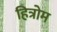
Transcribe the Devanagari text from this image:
हित्रोम